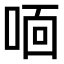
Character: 𫪓